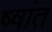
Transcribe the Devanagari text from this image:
ष्षांत